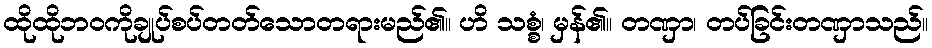
ထိုထိုဘဝကိုချုပ်စပ်တတ်သောတရားမည်၏။ ဟိ သစ္စံ၊ မှန်၏။ တဏှာ၊ တပ်ခြင်းတဏှာသည်။